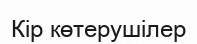
Кір көтерушілер